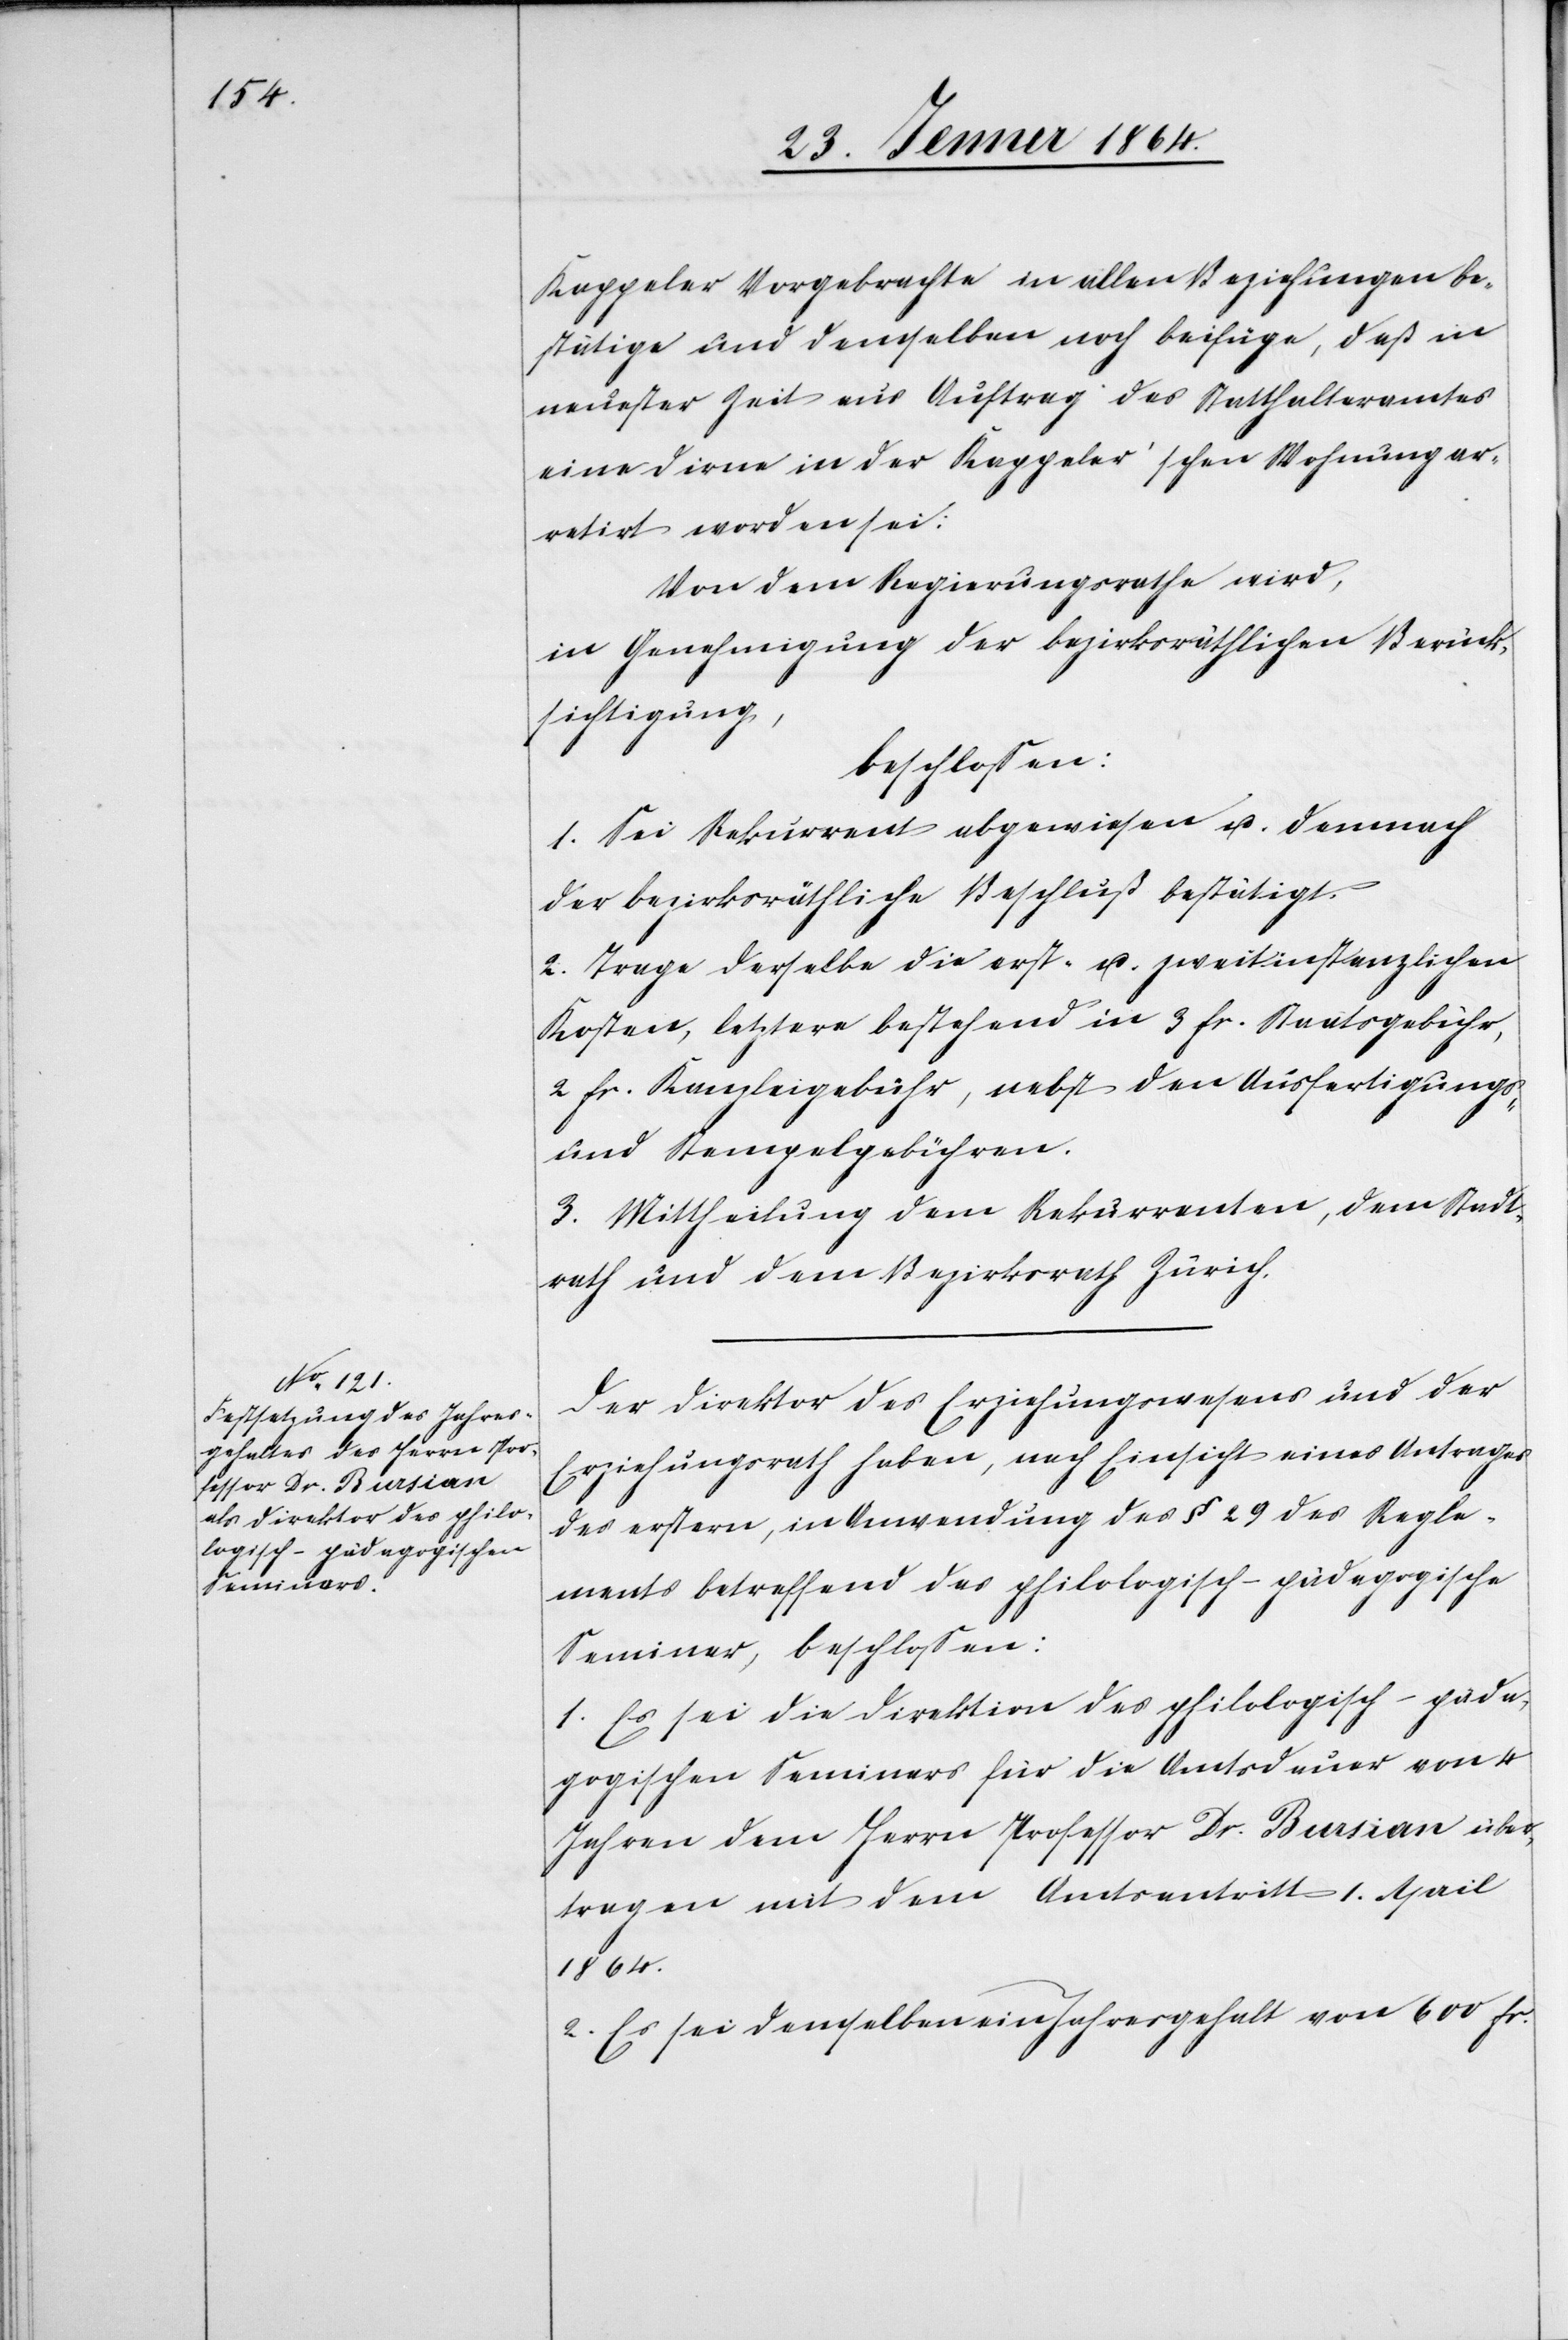
1864.

Kappeler Vorgebrachte in allen Beziehungen be¬
stätige und demselben noch beifüge, daß in
neuester Zeit aus Auftrag des Statthalteramtes
eine Dirne in der Kappeler’schen Wohnung ar¬
retirt worden sei:
Von dem Regierungsrathe wird,
in Genehmigung der bezirksräthlichen Berück¬
sichtigung,
beschlossen:
1. Sei Rekurrent abgewiesen u. demnach
der bezirksräthliche Beschluß bestätigt.
2. Trage derselbe die erst- u. zweitinstanzlichen
Kosten, letztere bestehend in 3 fr. Staatsgebühr,
2. fr. Kanzleigebühr, nebst den Ausfertigungs-
und Stempelgebühren.
3. Mittheilung dem Rekurrenten, dem Stadt¬
rath und dem Bezirksrath Zürich.
Der Direktor des Erziehungswesens und der
Erziehungsrath haben, nach Einsicht eines Antrages
des erstern, in Anwendung des § 29 des Regle¬
ments betreffend das philologisch-pädagogische
Seminar, beschlossen:
1. Es sei die Direktion des philologisch-päda¬
gogischen Seminars für die Amtsdauer von 4
Jahren dem Herrn Professor Dr. Bursian über¬
tragen mit dem Amtsantritt 1. April
2. Es sei demselben ein Jahresgehalt von 600 fr.